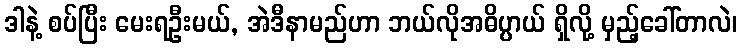
ဒါနဲ့ စပ်ပြီး မေးရဦးမယ်, အဲဒီနာမည်ဟာ ဘယ်လိုအဓိပ္ပာယ် ရှိလို့ မှည့်ခေါ်တာလဲ၊